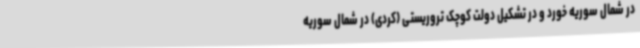
در شمال سوریه خورد و در تشکیل دولت کوچک تروریستی (کردی) در شمال سوریه